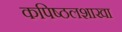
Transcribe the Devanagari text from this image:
कपिष्ठलशाखा